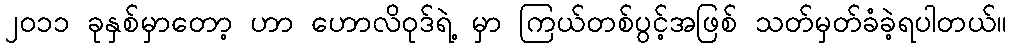
၂၀၁၁ ခုနှစ်မှာတော့ ဟာ ဟောလိဝုဒ်ရဲ့ မှာ ကြယ်တစ်ပွင့်အဖြစ် သတ်မှတ်ခံခဲ့ရပါတယ်။